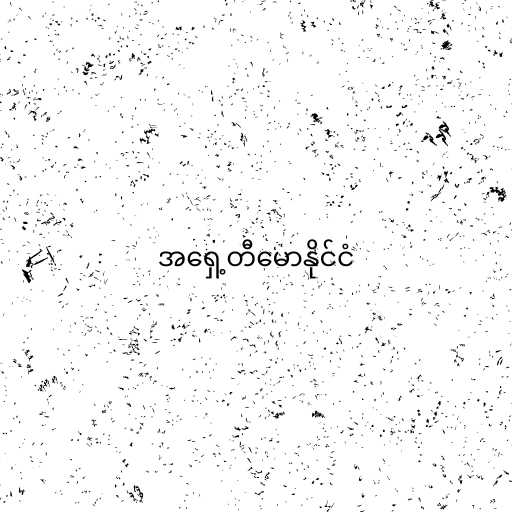
အရှေ့တီမောနိုင်ငံ